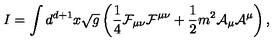
I = \int d ^ { d + 1 } x \sqrt g \left( { \frac { 1 } { 4 } } { \cal F } _ { \mu \nu } { \cal F } ^ { \mu \nu } + { \frac { 1 } { 2 } } m ^ { 2 } { \cal A } _ { \mu } { \cal A } ^ { \mu } \right) ,